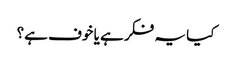
کیا یہ فکر ہے یا خوف ہے؟